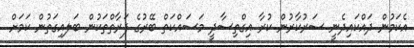
އެކަމުން ދައްކައިދެނީ ސަރުކާރުން ކުރާ އިގްތިސާދީ މަސައްކަތް ބޭރުގެ ފަރާތްތަކުން ބަލއިގަތުން ކަމަށް